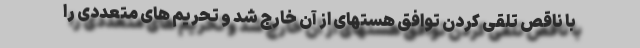
با ناقص تلقی کردن توافق هستهای از آن خارج شد و تحریم های متعددی را